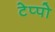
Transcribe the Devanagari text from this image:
टेप्पो